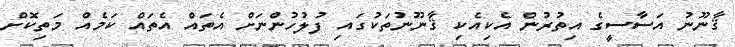
ޤާނޫނު އަސާސީގެ އިތުރުން އެކިއެކި ޤާނޫނުތަކުގައި ފުލުހުންނަށް އެތައް އެތައް ކަމެއް މަތިކޮށް